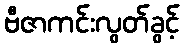
ဗီဇာကင်းလွတ်ခွင့်